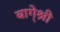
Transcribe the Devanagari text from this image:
बागे्श्री